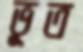
ভূত